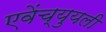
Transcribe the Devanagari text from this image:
एवेंच्युयली